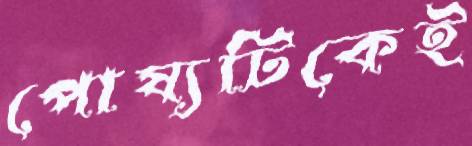
পোষ্যটিকেই